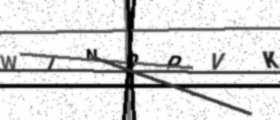
Text: W7NOPVK